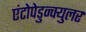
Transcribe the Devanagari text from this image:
एंटोपेडुन्क्युलर